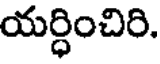
యర్ధించిరి.